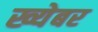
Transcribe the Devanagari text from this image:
ख्येबर